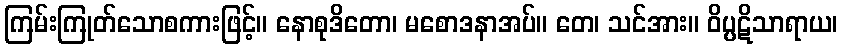
ကြမ်းကြုတ်သောစကားဖြင့်။ နောစုဒိတော၊ မစောဒနာအပ်။ တေ၊ သင်အား။ ဝိပ္ပဋိသာရာယ၊